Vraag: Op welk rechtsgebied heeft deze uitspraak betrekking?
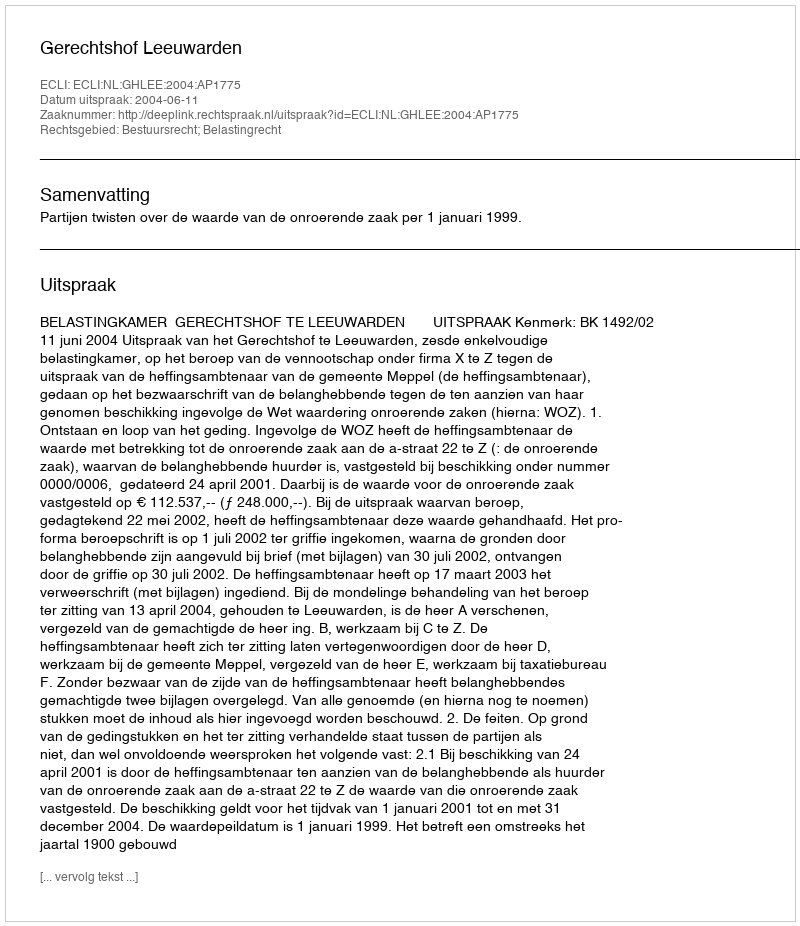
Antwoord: Bestuursrecht; Belastingrecht